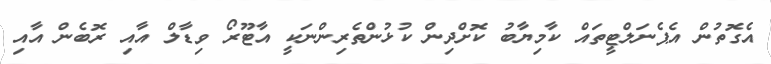
އެގޮތުން އެޕެނަލްޓީތައް ކާމިޔާބު ކޮށްދިން ކުޅުންތެރިންނަކީ އާޓޫރޯ ވިޑާލް އާއި ރޮބެން އާއި